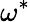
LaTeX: \omega^{*}